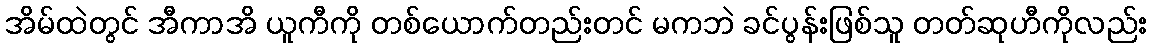
အိမ်ထဲတွင် အီကာအိ ယူကီကို တစ်ယောက်တည်းတင် မကဘဲ ခင်ပွန်းဖြစ်သူ တတ်ဆုဟီကိုလည်း